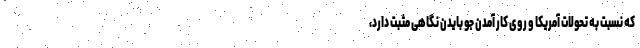
که نسبت به تحولات آمریکا و روی کار آمدن جو بایدن نگاهی مثبت دارد،